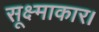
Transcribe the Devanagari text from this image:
सूक्ष्माकार।